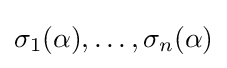
\sigma _{1}(\alpha ),\ldots ,\sigma _{n}(\alpha )